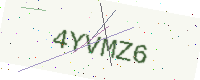
Text: 4YVMZ6